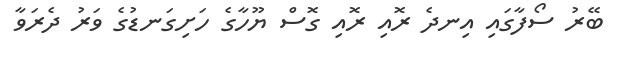
ބޭރު ސޯފާގައި އިނދެ ރޮއި ރޮއި ގޮސް ޔޫހާގެ ހަށިގަނޑުގެ ވަރު ދެރަވާ